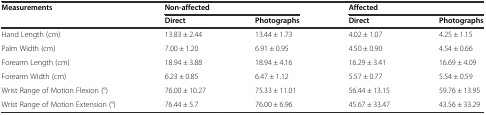
<table><thead><tr><td><b>Measurements</b></td><td colspan="2"><b>Non-affected</b></td><td colspan="2"><b>Affected</b></td></tr><tr><td></td><td><b>Direct</b></td><td><b>Photographs</b></td><td><b>Direct</b></td><td><b>Photographs</b></td></tr></thead><tbody><tr><td>Hand Length (cm)</td><td>13.83 ± 2.44</td><td>13.44 ± 1.73</td><td>4.02 ± 1.07</td><td>4.25 ± 1.15</td></tr><tr><td>Palm Width (cm)</td><td>7.00 ± 1.20</td><td>6.91 ± 0.95</td><td>4.50 ± 0.90</td><td>4.54 ± 0.66</td></tr><tr><td>Forearm Length (cm)</td><td>18.94 ± 3.88</td><td>18.94 ± 4.16</td><td>16.29 ± 3.41</td><td>16.69 ± 4.09</td></tr><tr><td>Forearm Width (cm)</td><td>6.23 ± 0.85</td><td>6.47 ± 1.12</td><td>5.57 ± 0.77</td><td>5.54 ± 0.59</td></tr><tr><td>Wrist Range of Motion Flexion (°)</td><td>76.00 ± 10.27</td><td>75.33 ± 11.01</td><td>56.44 ± 13.15</td><td>59.76 ± 13.95</td></tr><tr><td>Wrist Range of Motion Extension (°)</td><td>76.44 ± 5.7</td><td>76.00 ± 6.96</td><td>45.67 ± 33.47</td><td>43.56 ± 33.29</td></tr></tbody></table>